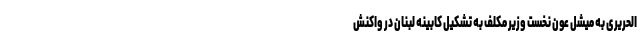
الحریری به میشل عون نخست وزیر مکلف به تشکیل کابینه لبنان در واکنش